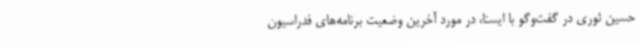
حسین ثوری در گفت‌وگو با ایسنا، در مورد آخرین وضعیت برنامه‌های فدراسیون